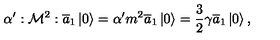
\alpha ^ { \prime } : { \cal M } ^ { 2 } : \overline { { a } } _ { 1 } \left| 0 \right\rangle = \alpha ^ { \prime } { \sl m } ^ { 2 } \overline { { a } } _ { 1 } \left| 0 \right\rangle = \frac 3 2 \gamma \overline { { a } } _ { 1 } \left| 0 \right\rangle ,